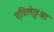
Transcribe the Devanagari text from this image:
एपिलेछुआ